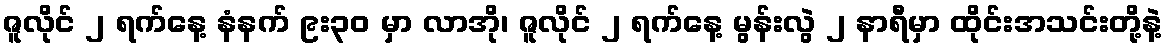
ဇူလိုင် ၂ ရက်နေ့ နံနက် ၉း၃၀ မှာ လာအို၊ ဇူလိုင် ၂ ရက်နေ့ မွန်းလွဲ ၂ နာရီမှာ ထိုင်းအသင်းတို့နဲ့